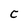
Character: C